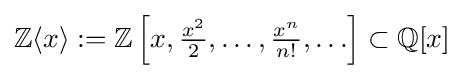
\mathbb {Z} \langle {x}\rangle :=\mathbb {Z} \left[x,{\tfrac {x^{2}}{2}},\ldots ,{\tfrac {x^{n}}{n!}},\ldots \right]\subset \mathbb {Q} [x]